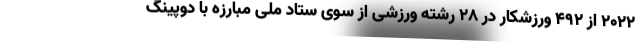
۲۰۲۲ از ۴۹۲ ورزشکار در ۲۸ رشته ورزشی از سوی ستاد ملی مبارزه با دوپینگ